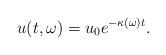
LaTeX: \begin{align*}u(t,\omega) = u_0e^{-\kappa(\omega)t}.\end{align*}